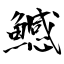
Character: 鱤